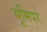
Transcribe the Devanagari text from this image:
भूमिपर